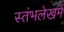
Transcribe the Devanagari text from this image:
स्‍तंभलेखमें